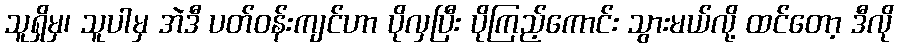
သူရှိမှ၊ သူပါမှ အဲဒီ ပတ်ဝန်းကျင်ဟာ ပိုလှပြီး ပိုကြည့်ကောင်း သွားမယ်လို့ ထင်တော့ ဒီလို